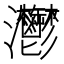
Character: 灪